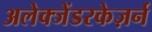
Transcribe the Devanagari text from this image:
अलेक्जेंडरकेज़र्न